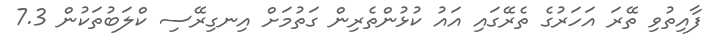
ފާއިތުވި ތޭރަ އަހަރުގެ ތެރޭގައި އައު ކުޅުންތެރިން ގަތުމަށް އިނގިރޭސި ކްލަބުތަކުން 7.3